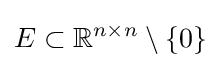
E\subset \mathbb {R} ^{n\times n}\setminus \{0\}